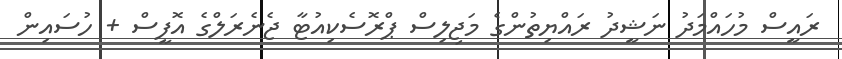
ރައީސް މުހައްމަދު ނަޝީދު ރައްޔިތުންގެ މަޖިލިސް ޕްރޮސެކިއުޓާ ޖެނެރަލްގެ އޮފީސް + ހުސައިން